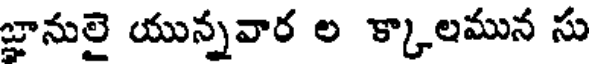
జ్ఞానులై యున్నవార ల క్కాలమున సు